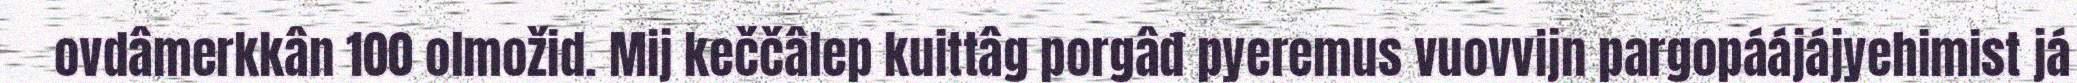
ovdâmerkkân 100 olmožid. Mij keččâlep kuittâg porgâđ pyeremus vuovvijn pargopáájájyehimist já